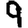
Digit: 9